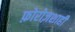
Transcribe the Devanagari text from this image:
फ़ोरोज़शाही